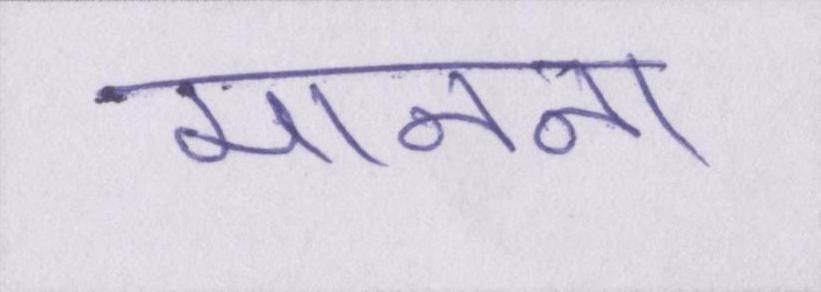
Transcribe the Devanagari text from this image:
मानना।